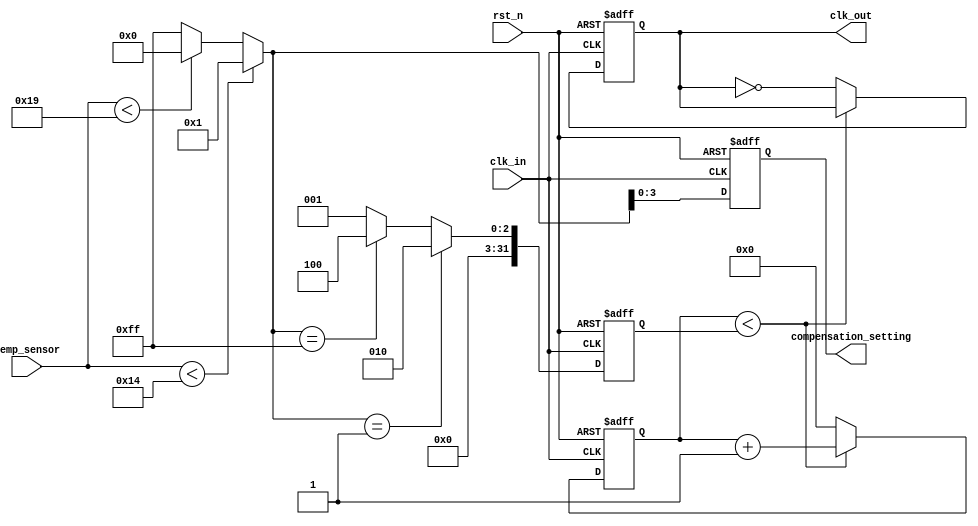
module temperature_compensated_clock_buffer (
    input wire clk_in,                   // Input Clock from High-Frequency Oscillator
    input wire rst_n,                    // Active low reset
    input wire [7:0] temp_sensor,        // 8-bit temperature sensor output
    output reg clk_out,                  // Compensated Clock Output
    output reg [3:0] compensation_setting // Compensation setting for debug/monitoring
);

// State parameters
reg [31:0] clk_divider;
reg [31:0] clk_count;
reg [7:0] compensation_level;

parameter CLK_FREQ_NORMAL = 100; // Normal clock frequency in MHz
parameter TEMP_THRESHOLD_1 = 20;  // Example temperature thresholds
parameter TEMP_THRESHOLD_2 = 25;
parameter TEMP_THRESHOLD_3 = 30;

// Compensation Logic
always @(*) begin
    if(temp_sensor < TEMP_THRESHOLD_1) begin
        compensation_level = 8'b00000001; // Increase clock frequency
    end
    else if(temp_sensor < TEMP_THRESHOLD_2) begin
        compensation_level = 8'b00000000; // Normal clock frequency
    end
    else if(temp_sensor < TEMP_THRESHOLD_3) begin
        compensation_level = 8'b11111111; // Decrease clock frequency
    end
    else begin
        compensation_level = 8'b11111111; // Decrease clock frequency beyond max threshold
    end
end

// Clock Generation and Buffering
always @(posedge clk_in or negedge rst_n) begin
    if (!rst_n) begin
        clk_count <= 0;
        clk_out <= 0;
        clk_divider <= 0;
        compensation_setting <= 0;
    end else begin
        // Apply compensation logic to clock divider
        clk_divider <= (compensation_level == 8'b00000001) ? 2 : 
                       (compensation_level == 8'b11111111) ? 4 : 1; // Change divider based on compensation
        
        // Simple clock buffering mechanism
        if (clk_count < clk_divider) begin
            clk_count <= clk_count + 1;
        end else begin
            clk_out <= ~clk_out; // Toggle output clock
            clk_count <= 0; // Reset clock counter
        end

        // For monitoring or debug purposes
        compensation_setting <= compensation_level[3:0]; // Simplified monitoring
    end
end

endmodule